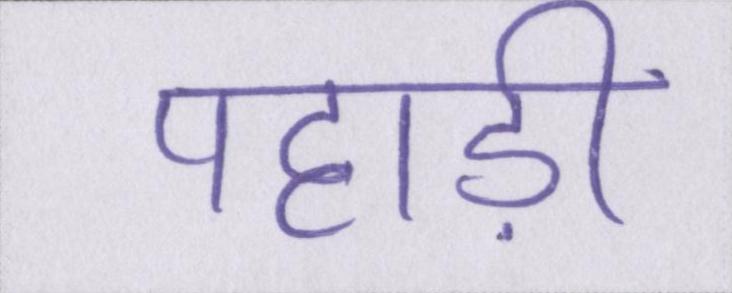
पहाड़ी